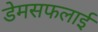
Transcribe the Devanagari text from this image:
डेमसफलाई